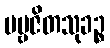
ပဗ္ဗဇိတသုခဉ္စ